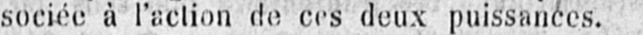
sociée à l’action de ces deux puissances.